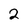
Character: 2